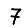
Digit: 7